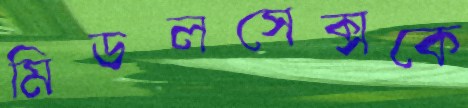
মিডলসেক্সকে